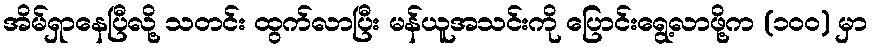
အိမ်ရှာနေပြီလို့ သတင်း ထွက်လာပြီး မန်ယူအသင်းကို ပြောင်းရွေ့လာဖို့က (၁၀၀) မှာ